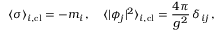
\langle \sigma \rangle _ { i , \mathrm { c l } } = - m _ { i } \, , \quad \langle | \phi _ { j } | ^ { 2 } \rangle _ { i , \mathrm { c l } } = { \frac { 4 \pi } { g ^ { 2 } } } \, \delta _ { i j } \, ,